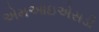
એમઆઇએસડી